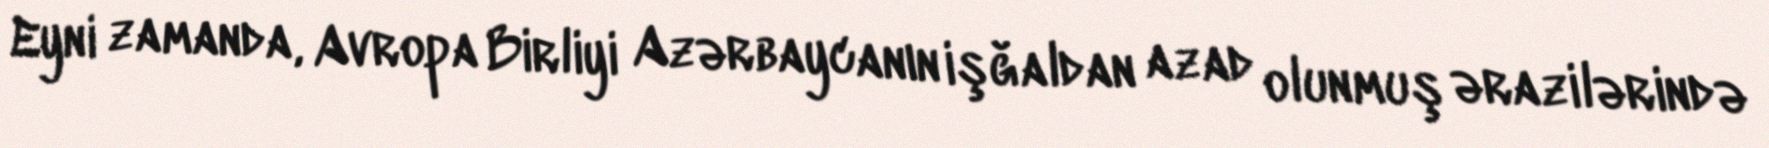
Eyni zamanda, Avropa Birliyi Azərbaycanın işğaldan azad olunmuş ərazilərində